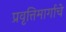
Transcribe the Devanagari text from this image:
प्रवृत्तिमार्गाचे